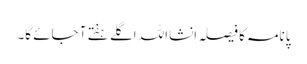
پانامہ کا فیصلہ انشااللہ اگلے ہفتے آ جائے گا۔